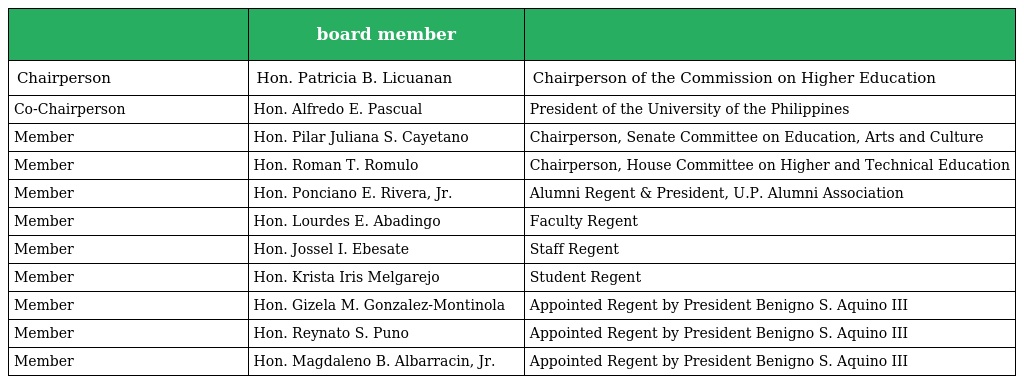
|  | board member |  |
 | --- | --- | --- |
 | Chairperson | Hon. Patricia B. Licuanan | Chairperson of the Commission on Higher Education |
 | Co-Chairperson | Hon. Alfredo E. Pascual | President of the University of the Philippines |
 | Member | Hon. Pilar Juliana S. Cayetano | Chairperson, Senate Committee on Education, Arts and Culture |
 | Member | Hon. Roman T. Romulo | Chairperson, House Committee on Higher and Technical Education |
 | Member | Hon. Ponciano E. Rivera, Jr. | Alumni Regent & President, U.P. Alumni Association |
 | Member | Hon. Lourdes E. Abadingo | Faculty Regent |
 | Member | Hon. Jossel I. Ebesate | Staff Regent |
 | Member | Hon. Krista Iris Melgarejo | Student Regent |
 | Member | Hon. Gizela M. Gonzalez-Montinola | Appointed Regent by President Benigno S. Aquino III |
 | Member | Hon. Reynato S. Puno | Appointed Regent by President Benigno S. Aquino III |
 | Member | Hon. Magdaleno B. Albarracin, Jr. | Appointed Regent by President Benigno S. Aquino III |